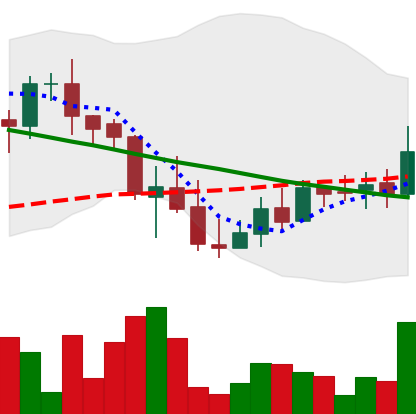
Ticker: LINK-USD
Chart end date: 2018-09-18
Forward return: 17.993%
Label: up_7plus